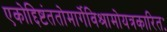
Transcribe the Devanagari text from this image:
एकोद्दिष्टंततोमार्गेविश्रामोयत्रकारितः